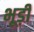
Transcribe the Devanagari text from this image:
भूड़ी